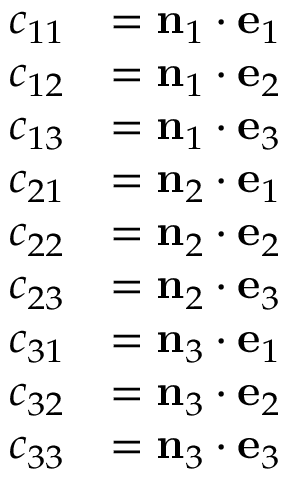
{ \begin{array} { r l } { c _ { 1 1 } } & { = \mathbf { n } _ { 1 } \cdot \mathbf { e } _ { 1 } } \\ { c _ { 1 2 } } & { = \mathbf { n } _ { 1 } \cdot \mathbf { e } _ { 2 } } \\ { c _ { 1 3 } } & { = \mathbf { n } _ { 1 } \cdot \mathbf { e } _ { 3 } } \\ { c _ { 2 1 } } & { = \mathbf { n } _ { 2 } \cdot \mathbf { e } _ { 1 } } \\ { c _ { 2 2 } } & { = \mathbf { n } _ { 2 } \cdot \mathbf { e } _ { 2 } } \\ { c _ { 2 3 } } & { = \mathbf { n } _ { 2 } \cdot \mathbf { e } _ { 3 } } \\ { c _ { 3 1 } } & { = \mathbf { n } _ { 3 } \cdot \mathbf { e } _ { 1 } } \\ { c _ { 3 2 } } & { = \mathbf { n } _ { 3 } \cdot \mathbf { e } _ { 2 } } \\ { c _ { 3 3 } } & { = \mathbf { n } _ { 3 } \cdot \mathbf { e } _ { 3 } } \end{array} }